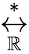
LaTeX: \overset{*}{\underset{\mathbb{R}}{\leftrightarrow}}